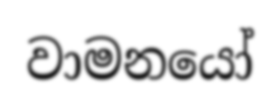
වාමනයෝ